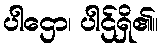
ပါဌော၊ ပါဌ်ရှိ၏။